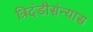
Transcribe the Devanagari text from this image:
त्रिदंडीसंन्यास